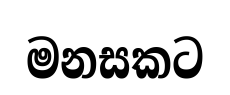
මනසකට